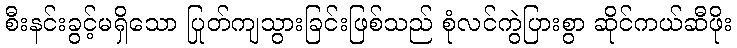
စီးနင်းခွင့်မရှိသော ပြုတ်ကျသွားခြင်းဖြစ်သည် စုံလင်ကွဲပြားစွာ ဆိုင်ကယ်ဆီဖိုး